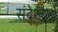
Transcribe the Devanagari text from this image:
संदेश्कर्ता